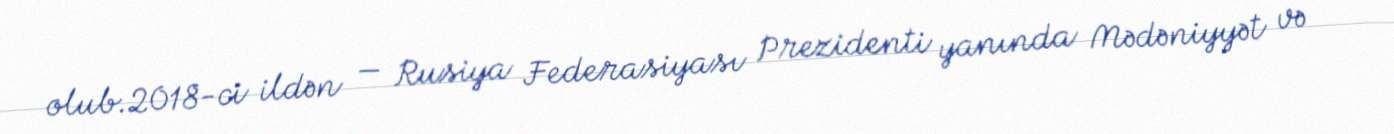
olub.2018-ci ildən — Rusiya Federasiyası Prezidenti yanında Mədəniyyət və